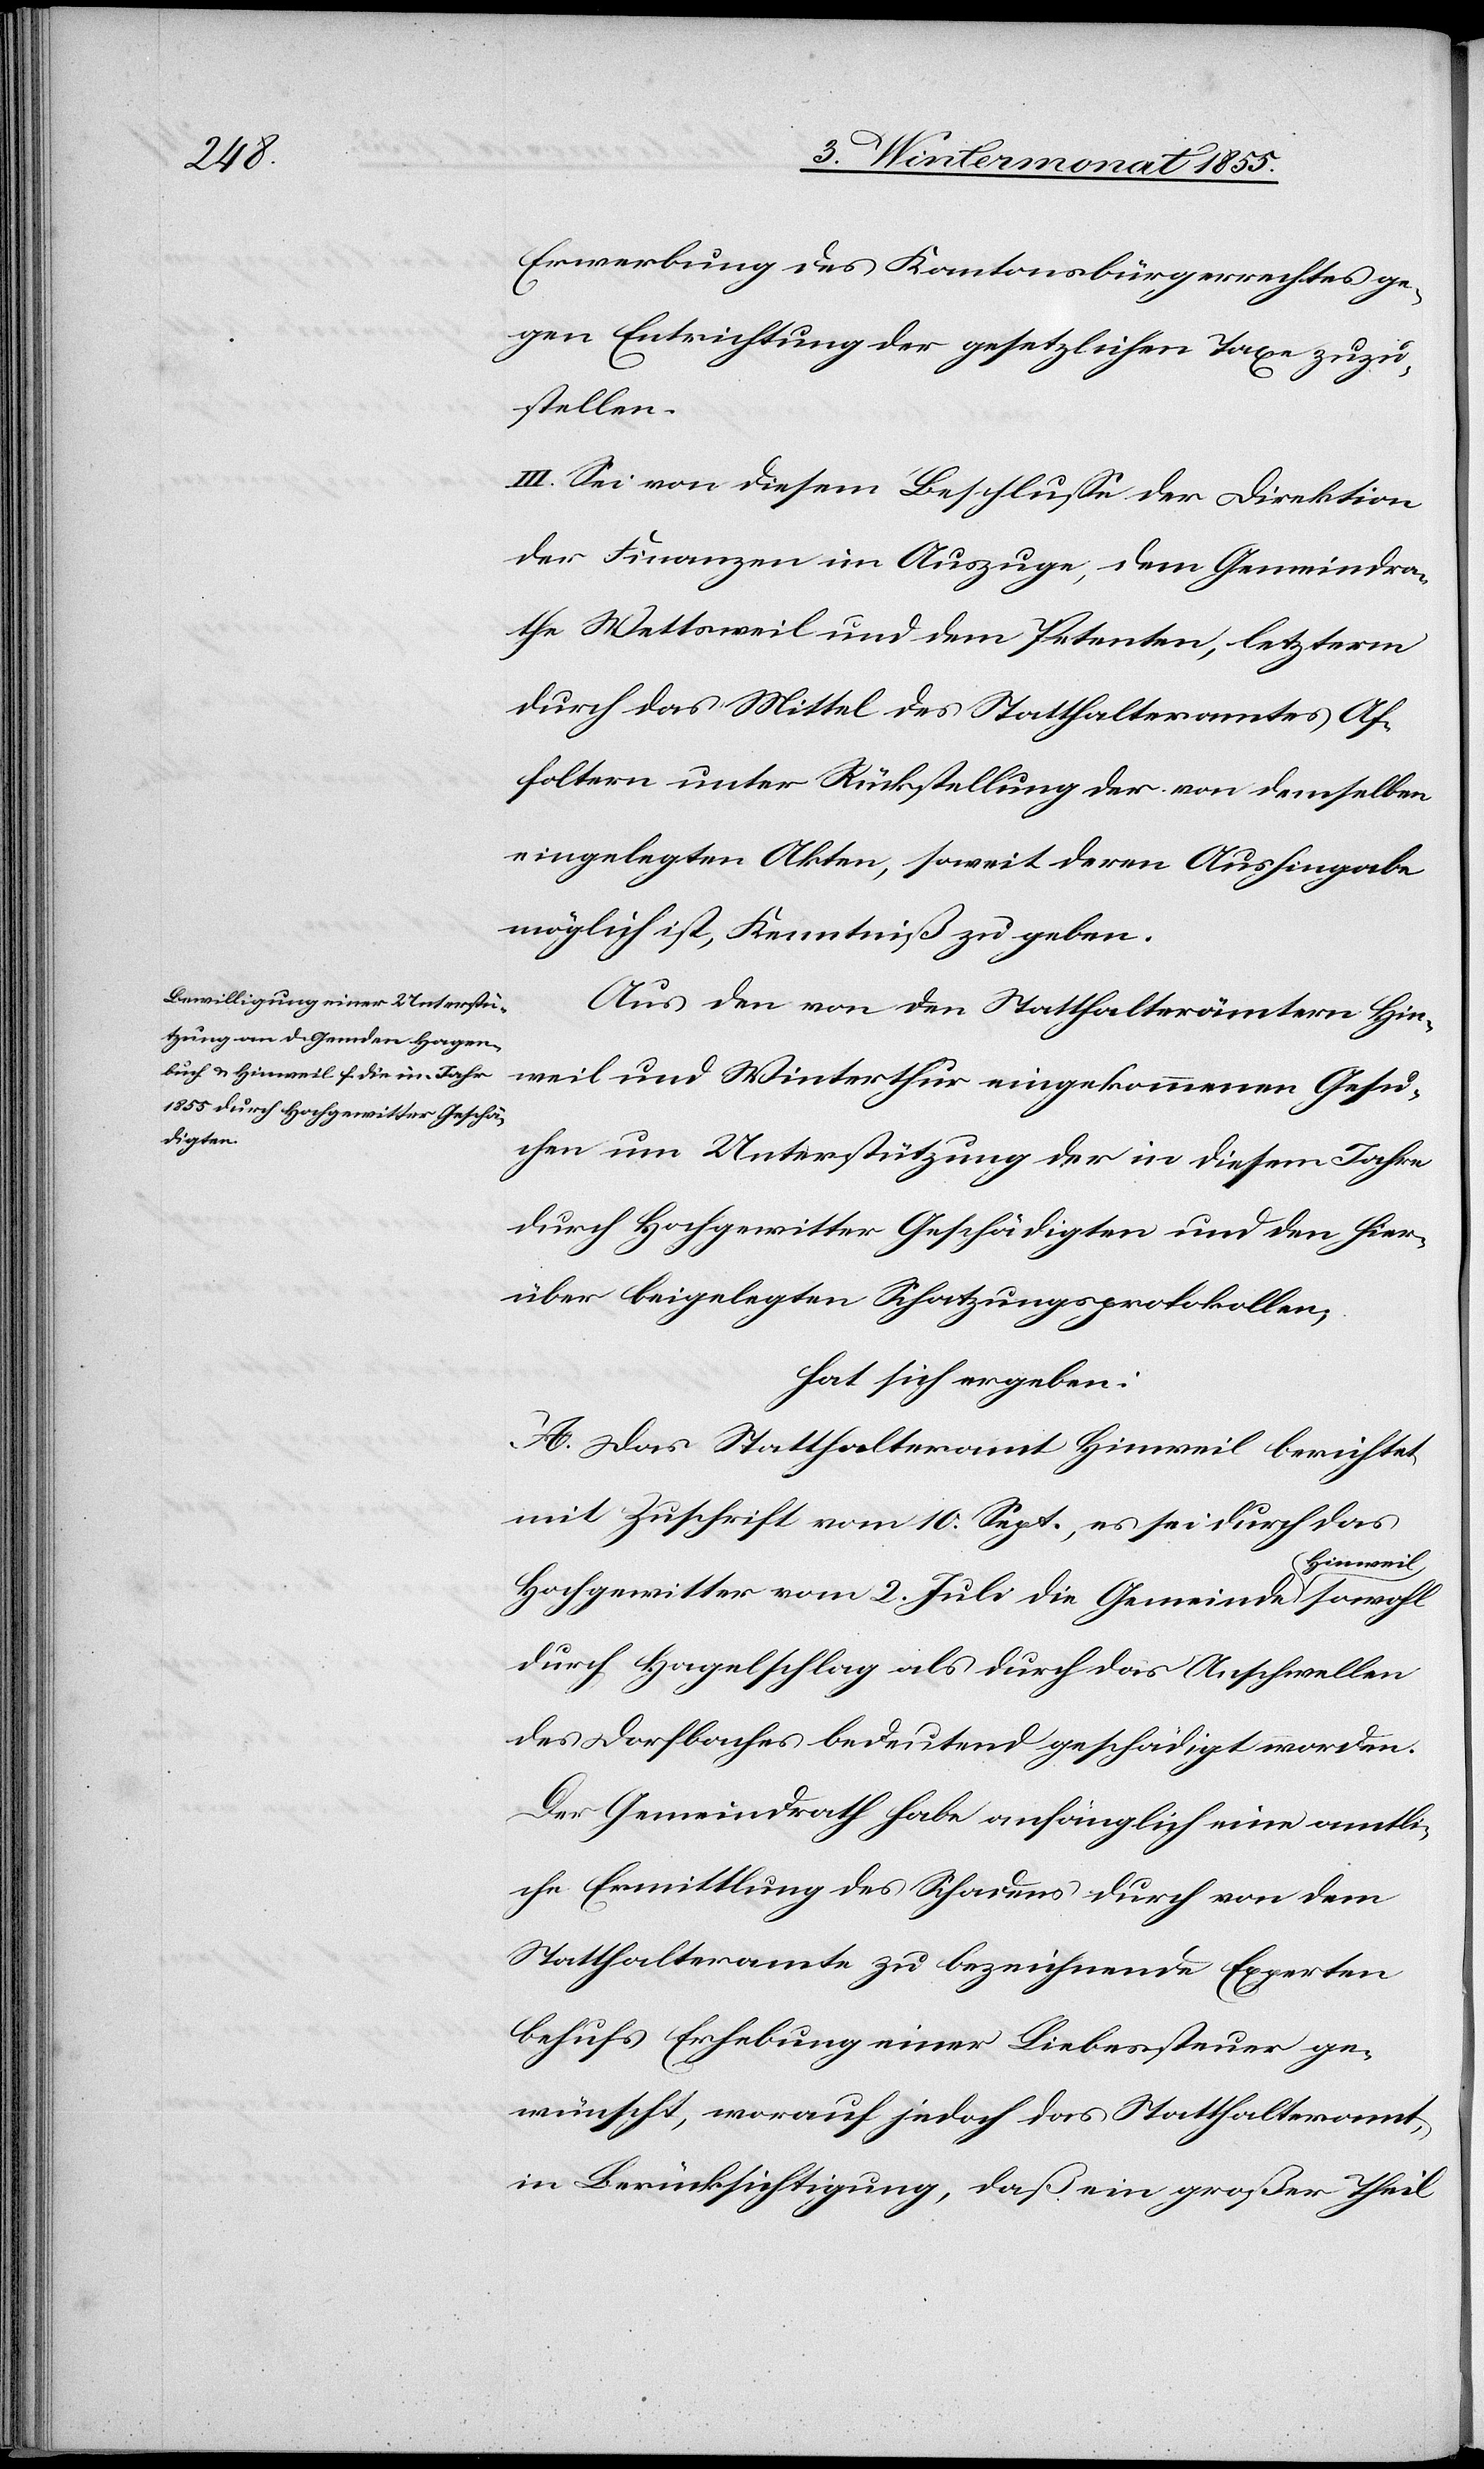
Erwerbung des Kantonsbürgerrechtes ge¬
gen Entrichtung der gesetzlichen Taxe zuzu¬
stellen.
III. Sei von diesem Beschlusse der Direktion
der Finanzen im Auszuge, dem Gemeindra¬
the Wettsweil und dem Petenten, letzterm
durch das Mittel des Statthalteramtes Af¬
foltern unter Rückstellung der von demselben
eingelegten Akten, soweit deren Aushingabe
möglich ist, Kenntniß zu geben.
Aus den von den Statthalterämtern Hin¬
weil und Winterthur eingekommenen Gesu¬
chen um Unterstützung der in diesem Jahre
durch Hochgewitter Geschädigten und den hier¬
über beigelegten Schatzungsprotokollen,
hat sich ergeben:
A. Das Statthalteramt Hinweil berichtet
mit Zuschrift vom 10. Sept., es sei durch das
Hochgewitter vom 2. Juli die Gemeinde Hinweil
durch Hagelschlag als durch das Anschwellen
des Dorfbaches bedeutend geschädigt worden.
Der Gemeindrath habe anfänglich eine amtli¬
che Ermittlung des Schadens durch von dem
Statthalteramte zu bezeichnende Experten
behufs Erhebung einer Liebessteuer ge¬
wünscht, worauf jedoch das Statthalteramt,
in Berücksichtigung, daß ein großer Theil